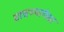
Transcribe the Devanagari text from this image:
वाचण्यापेक्षा